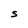
Character: S